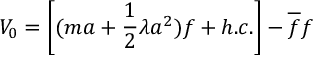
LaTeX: V _ { 0 } = \left[ ( m a + \frac { 1 } { 2 } \lambda a ^ { 2 } ) f + h . c . \right] - \overline { { { f } } } f